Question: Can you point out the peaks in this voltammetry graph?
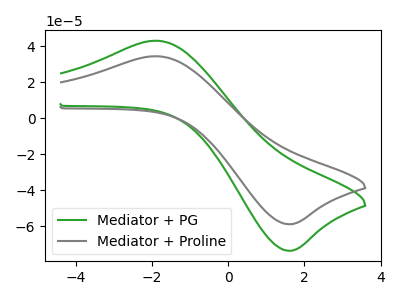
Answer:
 <answer>The green curve "Mediator + PG" has an anodic peak at (-1.90V, 43.00uA) and a cathodic peak at (1.60V, -73.45uA). The gray curve "Mediator + Proline" has an anodic peak at (-1.90V, 34.40uA) and a cathodic peak at (1.60V, -58.75uA).</answer>
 <eval></eval>